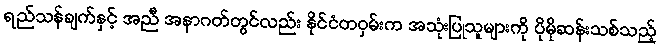
ရည်သန်ချက်နှင့် အညီ အနာဂတ်တွင်လည်း နိုင်ငံတဝှမ်းက အသုံးပြုသူများကို ပိုမိုဆန်းသစ်သည့်